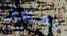
يمكن